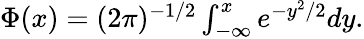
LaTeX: \begin{array}{r}{\begin{array}{r}{\Phi(x)=(2\pi)^{-1/2}\int_{-\infty}^{x}e^{-y^{2}/2}dy.}\end{array}}\end{array}